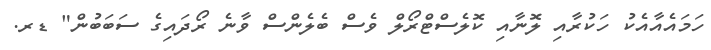
ހަމައެއާއެކު ހަކުރާއި ލޮނާއި ކޮލެސްޓްރޯލް ވެސް ބެލެންސް ވާނެ ރޯދައިގެ ސަބަބުން" ޑރ.